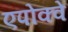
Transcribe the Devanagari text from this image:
एपोक्वे